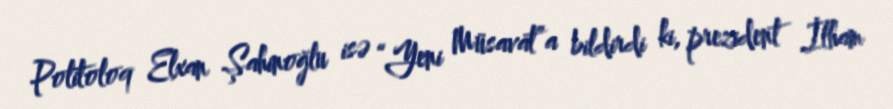
Politoloq Elxan Şahinoğlu isə “Yeni Müsavat”a bildirdi ki, prezident İlham